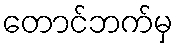
တောင်ဘက်မှ